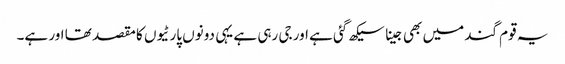
یہ قوم گند میں بھی جینا سیکھ گئی ہے اور جی رہی ہے یہی دونوں پارٹیوں کا مقصد تھا اور ہے۔